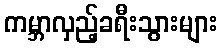
ကမ္ဘာလှည့်ခရီးသွားများ